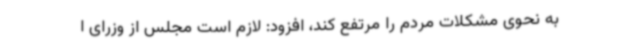
به نحوی مشکلات مردم را مرتفع کند، افزود: لازم است مجلس از وزرای ا